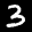
Label: 3